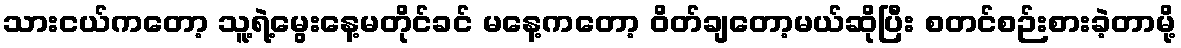
သားငယ်ကတော့ သူ့ရဲ့မွေးနေ့မတိုင်ခင် မနေ့ကတော့ ဝိတ်ချတော့မယ်ဆိုပြီး စတင်စဉ်းစားခဲ့တာမို့